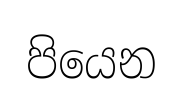
පියෙන